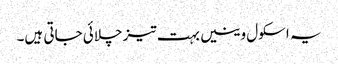
یہ اسکول وینیں بہت تیز چلائی جاتی ہیں۔